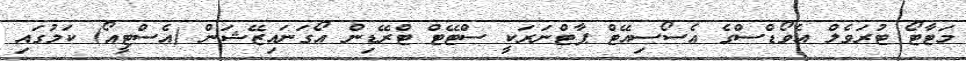
މަޓާޓޯ ޓުރަވެލް އެވޯޑްސްގެ އެސޯސިއޭޓް ޕާޓްނަރަކީ ސްޓޭޓް ޓްރޭޑިން އޯގަނައިޒޭޝަން (އެސްޓީއޯ) ކަމުގައި